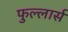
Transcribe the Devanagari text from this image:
फुल्लार्स